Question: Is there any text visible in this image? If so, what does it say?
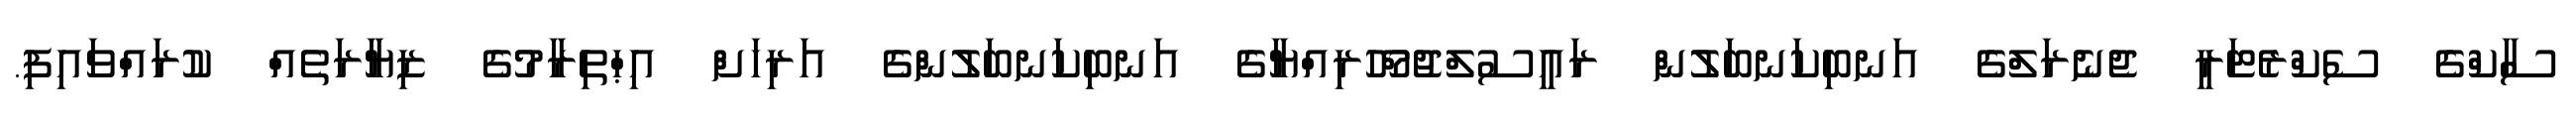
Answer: ސާކްގެ ސެކްރެޓަރީ ޖެނެރަލްގެ އަނބިކަނބަލުން ރައީސުލްޖުމްހޫރިއްޔާގެ އަނބިކަނބަލުންގެ އަރިހަށް އިޙްތިރާމުގެ ޒިޔާރަތެއް ކުރައްވައިފި.